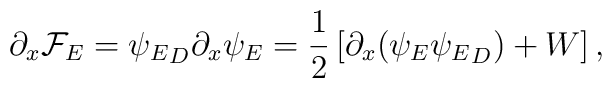
\partial_x{\cal F}_E={\psi_E}_D\partial_x \psi_E={1\over 2}\left[\partial_x(\psi_E{\psi_E}_D)+W\right],